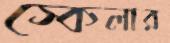
স্কেলার